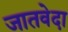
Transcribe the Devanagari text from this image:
जातवेदा